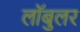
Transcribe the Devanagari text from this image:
लॉबुलर